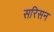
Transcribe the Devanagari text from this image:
सरिसन